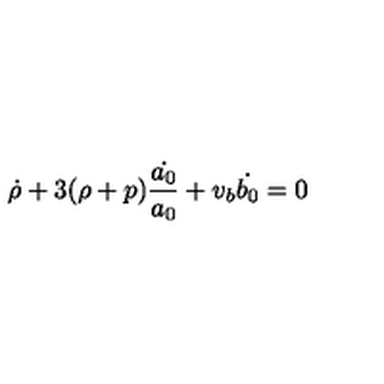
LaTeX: \dot { \rho } + 3 ( \rho + p ) \frac { \dot { a _ { 0 } } } { a _ { 0 } } + v _ { b } \dot { b _ { 0 } } = 0